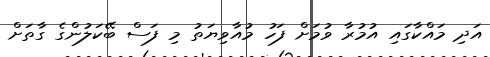
އަދި މައްކާގައި އުމުރާ ވުމަށް ފަހު މުއާވިޔަތު މި ފަސް ބޭކަލުންގެ ގާތަށް